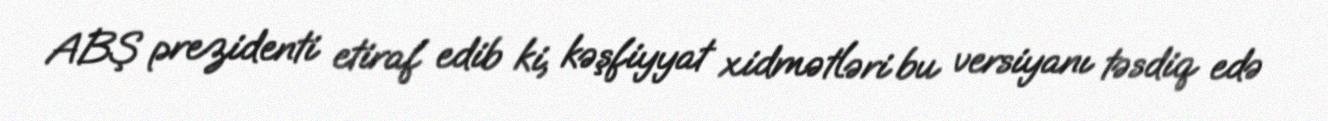
ABŞ prezidenti etiraf edib ki, kəşfiyyat xidmətləri bu versiyanı təsdiq edə